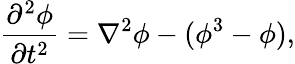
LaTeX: \frac{\partial^{2}\phi}{\partial t^{2}}=\nabla^{2}\phi-(\phi^{3}-\phi),